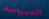
المهروسة